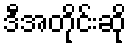
ဒီအတိုင်းဆို